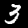
Label: 3